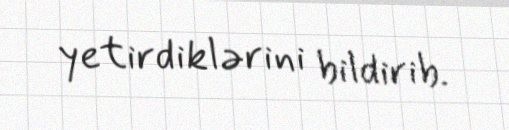
yetirdiklərini bildirib.